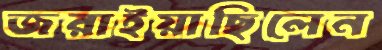
জরাইয়াছিলেন